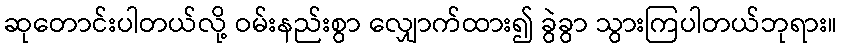
ဆုတောင်းပါတယ်လို့ ဝမ်းနည်းစွာ လျှောက်ထား၍ ခွဲခွာ သွားကြပါတယ်ဘုရား။